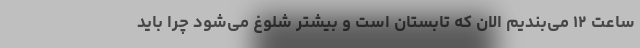
ساعت ۱۲ می‌بندیم الان که تابستان است و بیشتر شلوغ می‌شود چرا باید